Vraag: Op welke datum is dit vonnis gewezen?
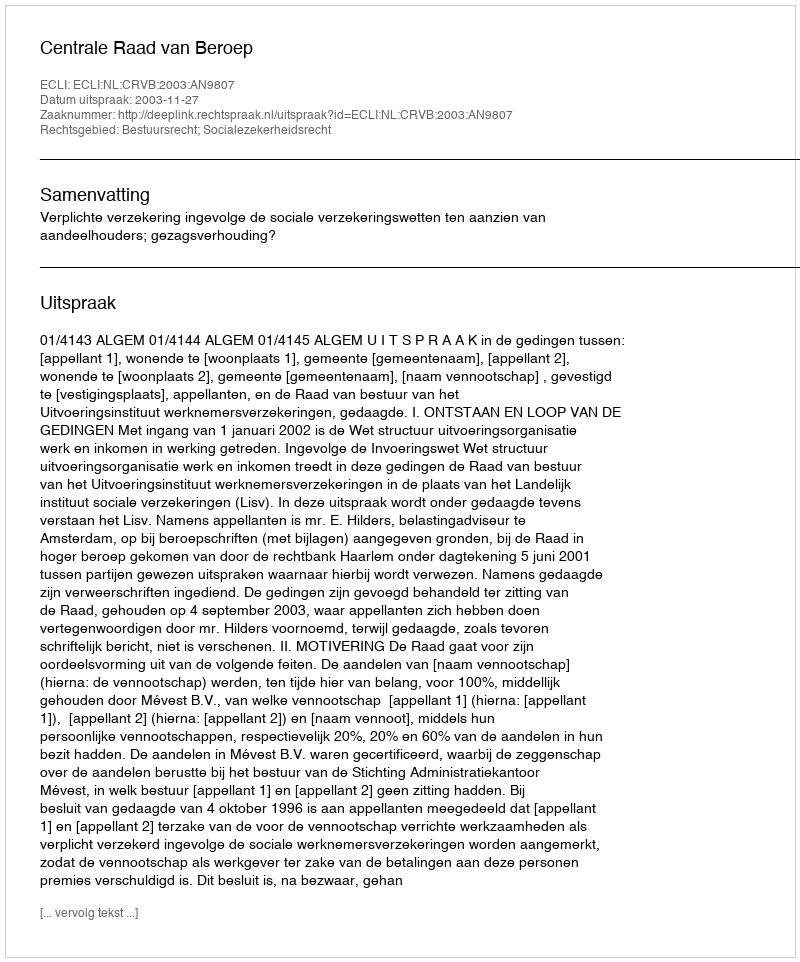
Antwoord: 2003-11-27